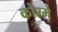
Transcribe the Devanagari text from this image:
कोरमे